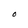
Character: O